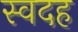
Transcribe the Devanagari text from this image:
स्वदह